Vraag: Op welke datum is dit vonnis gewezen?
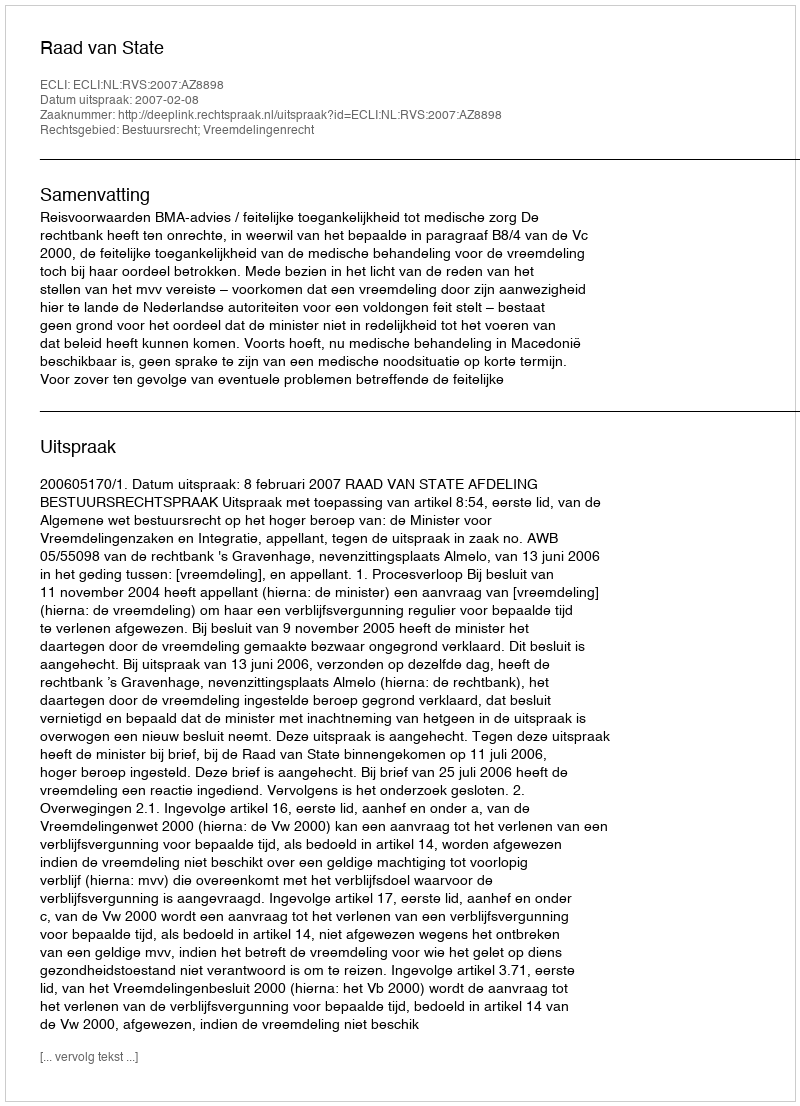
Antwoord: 2007-02-08